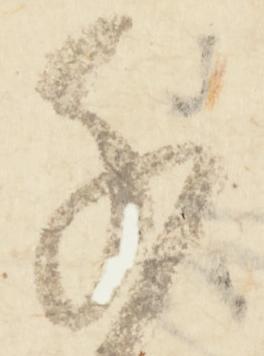
千